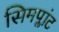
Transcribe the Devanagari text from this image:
सिमप्लांट